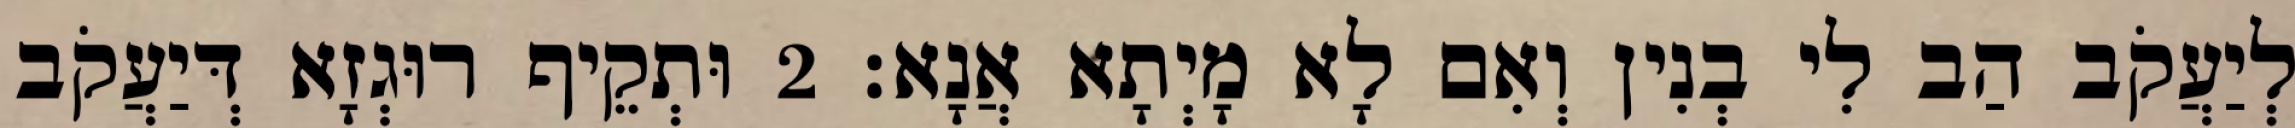
לְיַעֲקֹב הַב לִי בְנִין וְאִם לָא מָיְתָא אֲנָא׃ 2 וּתְקֵיף רוּגְזָא דְּיַעֲקֹב